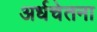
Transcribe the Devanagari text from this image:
अर्धचेतना